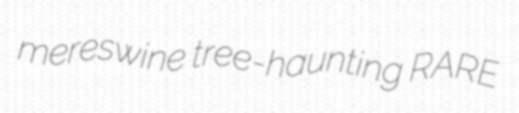
mereswine tree-haunting RARE